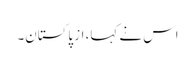
اس نے کہا، از پاکستان۔